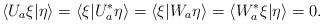
LaTeX: \begin{align*}\langle U_{a}\xi|\eta \rangle =\langle \xi|U_{a}^{*}\eta \rangle =\langle \xi|W_{a}\eta \rangle =\langle W_{a}^{*}\xi|\eta \rangle =0.\end{align*}